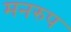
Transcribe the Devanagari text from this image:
मनरुप